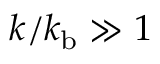
k / k _ { \mathrm { b } } \gg 1